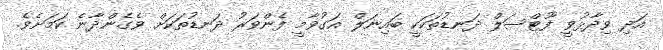
އަދި ވިދާޅުވީ ފޫޓްސަލް ދަނޑުތަކަކީ ބައިނަލް އަގުވާމީ ފެންވަރު ދަނޑުތަކަށް ވެގެންދާނެ ކަމަށެވެ.